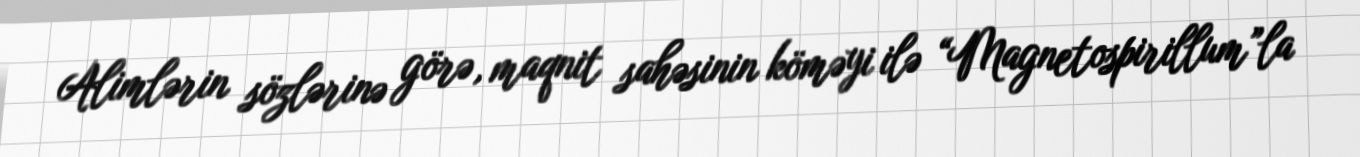
Alimlərin sözlərinə görə, maqnit sahəsinin köməyi ilə “Magnetospirillum”la